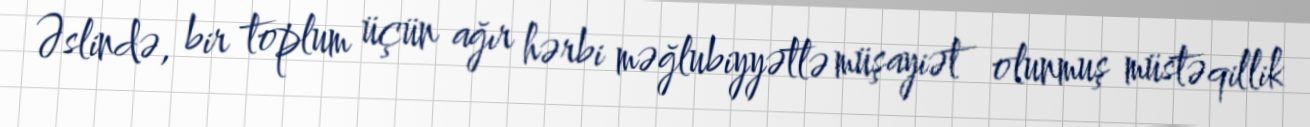
Əslində, bir toplum üçün ağır hərbi məğlubiyyətlə müşayiət olunmuş müstəqillik